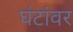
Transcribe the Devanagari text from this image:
घंटांवर